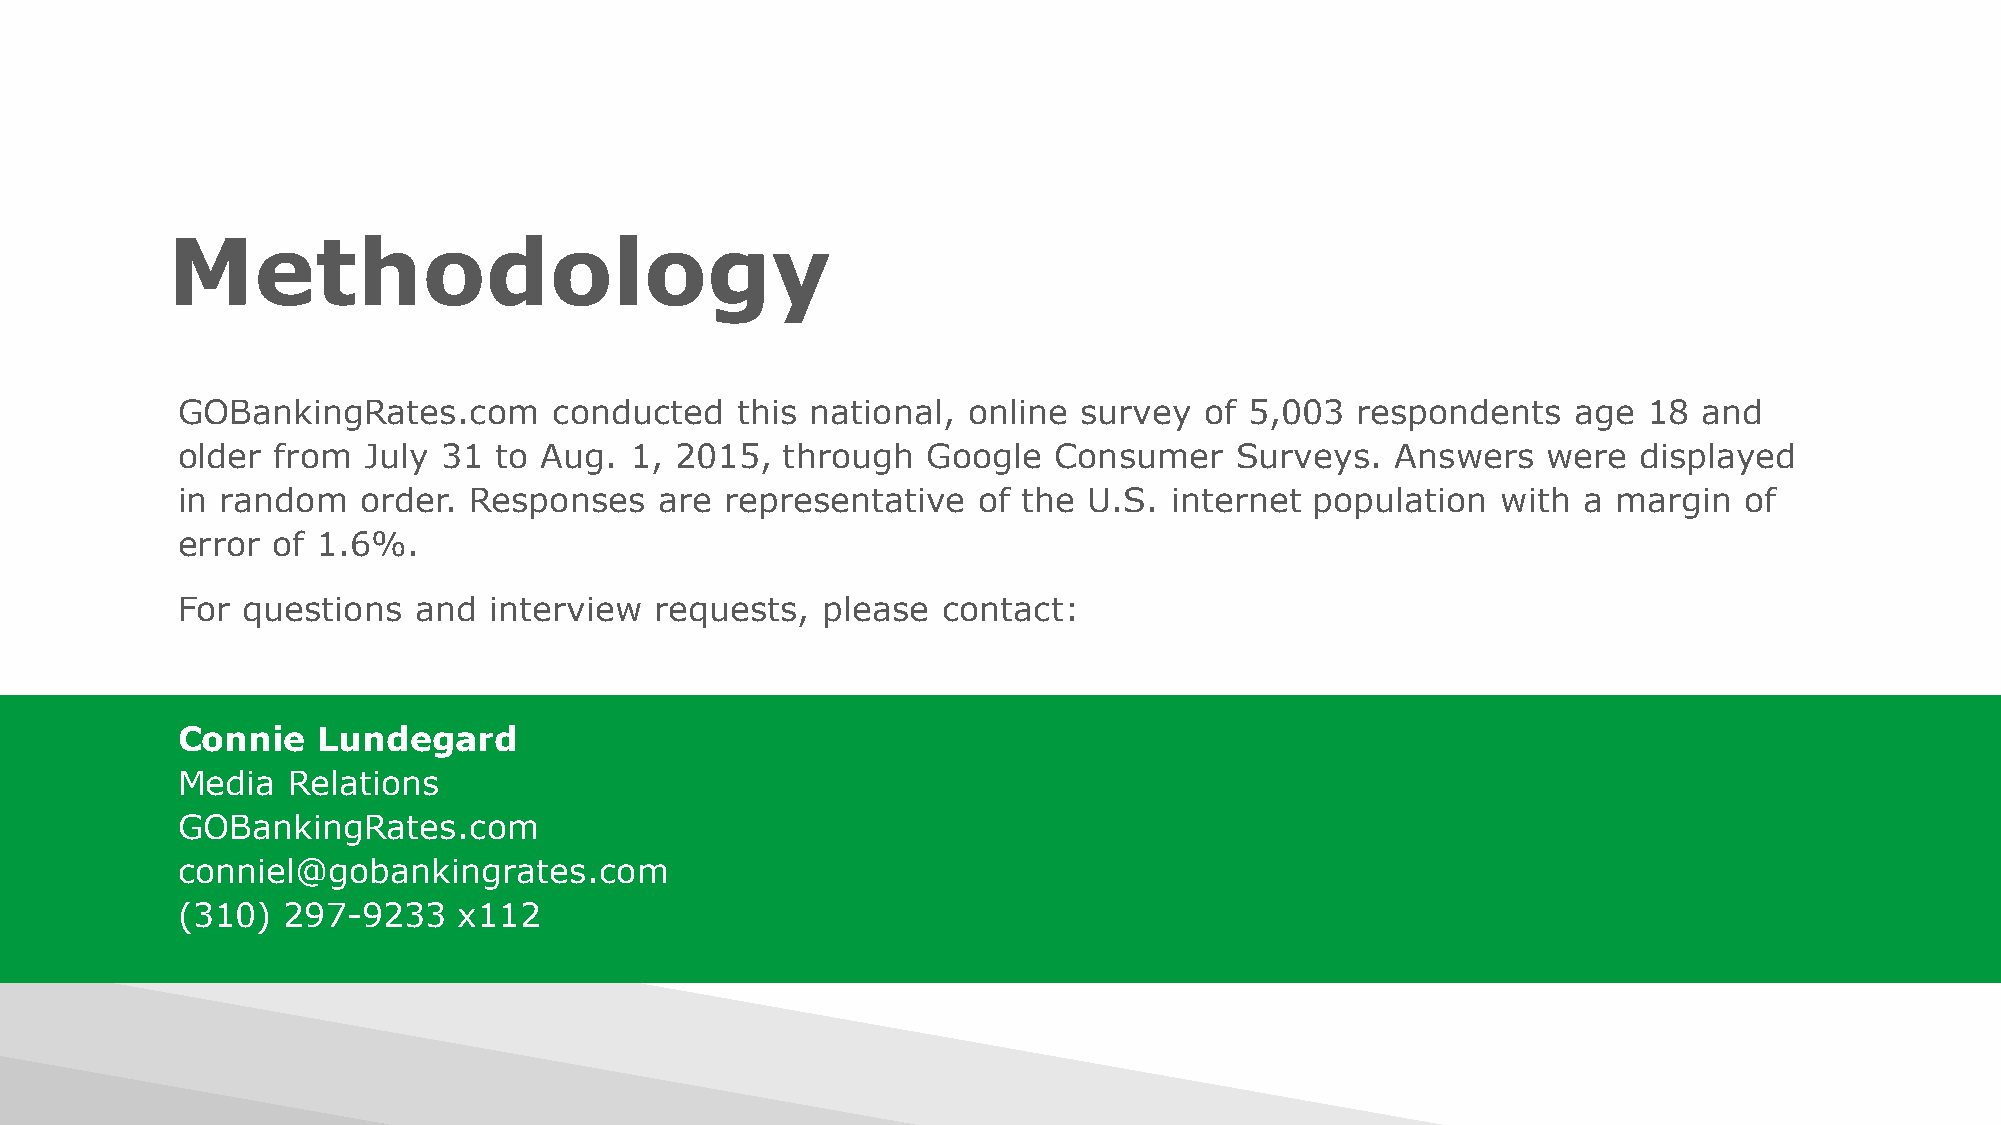
Methodology
 GOBankingRates.com       conducted   this national, online survey   of 5,003  respondents   age  18  and
 older from  July 31  to Aug.  1, 2015,  through  Google   Consumer    Surveys.  Answers   were   displayed
 in random   order. Responses    are representative   of the U.S.  internet population  with  a margin  of
 error of 1.6%.
 For questions  and  interview  requests,  please  contact:
 Connie   Lundegard
 Media  Relations
 GOBankingRates.com
 conniel@gobankingrates.com
 (310)  297-9233   x112